Scottish Certificate of Education, 1963
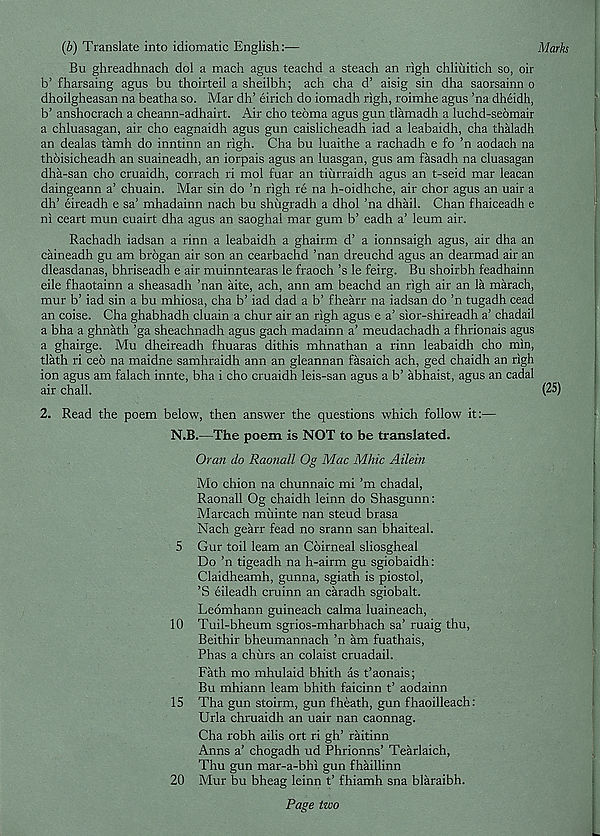
(b) Translate into idiomatic English:—
Marks
Bu ghreadhnach dol a mach agus teachd a steach an righ chliuitich so, oir
b’ fharsaing agus bu thoirteil a sheilbh; ach cha d’ aisig sin dha saorsainn o
dhoilgheasan na beatha so. Mar dh’ eirich do iomadh righ, roimhe agus ’na dheidh,
b’ anshocrach a cheann-adhairt. Air cho tebma agus gun tlamadh a luchd-seomair
a chluasagan, air cho eagnaidh agus gun caislicheadh iad a leabaidh, cha thaladh
an dealas tamh do inntinn an righ. Cha bu luaithe a rachadh e fo ’n aodach na
thbisicheadh an suaineadh, an iorpais agus an luasgan, gus am fasadh na cluasagan
dha-san cho cruaidh, corrach ri mol fuar an tiiirraidh agus an t-seid mar leacan
daingeann a’ chuain. Mar sin do ’n righ re na h-oidhche, air chor agus an uair a
dh’ eireadh e sa’ mhadainn nach bu shiigradh a dhol ’na dhail. Chan fhaiceadh e
ni ceart mun cuairt dha agus an saoghal mar gum b’ eadh a’ leum air.
Rachadh iadsan a rinn a leabaidh a ghairm d’ a ionnsaigh agus, air dha an
caineadh gu am brogan air son an cearbachd ’nan dreuchd agus an dearmad air an
dleasdanas, bhriseadh e air muinntearas le fraoch’s le feirg. Bu shoirbh feadhainn
eile fhaotainn a sheasadh ’nan aite, ach, ann am beachd an righ air an la marach,
mur b’ iad sin a bu mhiosa, cha b’ iad dad a b’ fhearr na iadsan do ’n tugadh cead
an coise. Cha ghabhadh cluain a chur air an righ agus e a’ sior-shireadh a’ chadail
a bha a ghnath ’ga sheachnadh agus gach madainn a’ meudachadh a fhrionais agus
a ghairge. Mu dheireadh fhuaras dithis mhnathan a rinn leabaidh cho min,
tlath ri ceo na maidne samhraidh ann an gleannan fasaich ach, ged chaidh an righ
ion agus am falach innte, bha i cho cruaidh leis-san agus a b’ abhaist, agus an cadal
air chall.
(25)
2. Read the poem below, then answer the questions which follow it:—
N.B.—The poem is NOT to be translated.
Oran do Raonall Og Mac Mhic Ailein
Mo chion na chunnaic mi’m chadal,
Raonall Og chaidh leinn do Shasgunn:
Marcach miiinte nan steud brasa
Nach gearr fead no srann san bhaiteal.
5 Gur toil leam an Coirneal sliosgheal
Do ’n tigeadh na h-airm gu sgiobaidh:
Claidheamh, gunna, sgiath is piostol,
’S eileadh cruinn an caradh sgiobalt.
Leomhann guineach calma luaineach,
10 Tuil-bheum sgrios-mharbhach sa’ ruaig thu,
Beithir bheumannach ’n am fuathais,
Phas a chixrs an colaist cruadail.
Fath mo mhulaid bhith as t’aonais;
Bu mhiann leam bhith faicinn t’ aodainn
15 Tha gun stoirm, gun fheath, gun fhaoilleach:
Urla chruaidh an uair nan caonnag.
Cha robh ailis ort ri gh’ raitinn
Anns a’ chogadh ud Phrionns’ Tearlaich,
Thu gun mar-a-bhi gun fhaillinn
Mur bu bheag leinn t’ fhiamh sna blaraibh.
Page two
20